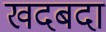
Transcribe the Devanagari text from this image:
खदबदा